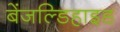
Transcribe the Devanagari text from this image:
बेंजल्डिहाइड